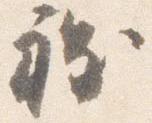
程